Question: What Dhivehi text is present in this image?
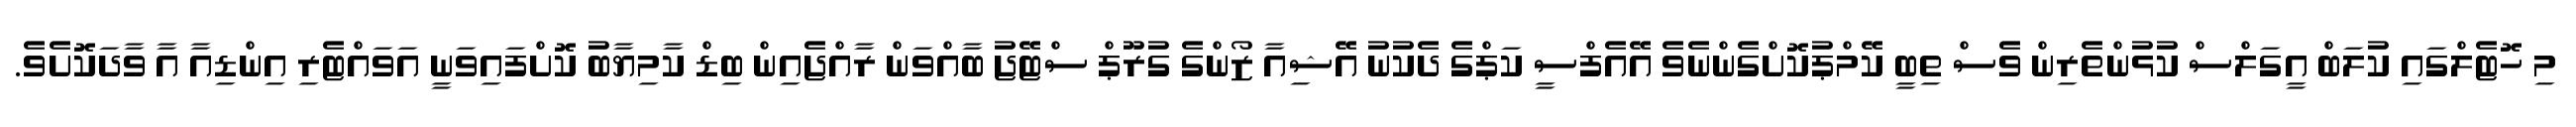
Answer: މި ހޮޓެލްގައި ކުލަބް އީގަލްސް ކުޅުންތެރިން ވެސް ތިބީ ކޭމްޕުކޮށްގެންނެވެ އޭއެފްސީ ކަޕްގެ ދެކުނު އޭޝިއާ ޒޯންގެ ގުރޫޕް ސްޓޭޖު ބާއްވަން ރާއްޖެއިން ބިޑް ކާމިޔާބު ކޮށްފައިވަނީ އަވައްޓެރި އިންޑިއާ އާ ވާދަކޮށެވެ.